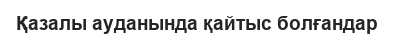
Қазалы ауданында қайтыс болғандар